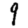
Digit: 9